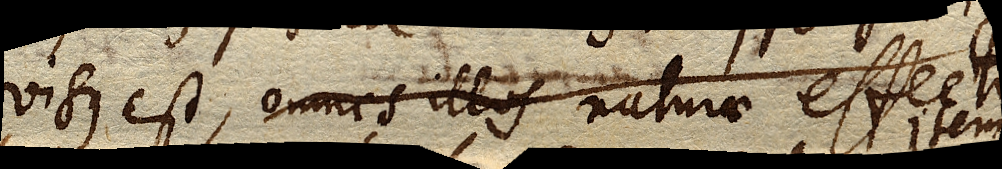
visus est, omnes illos naturae effectus